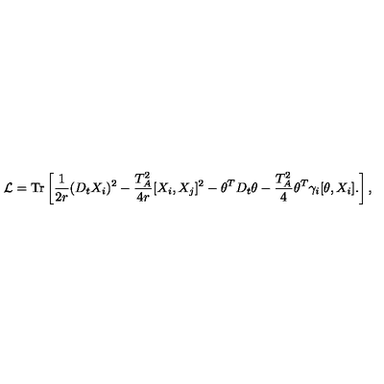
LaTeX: { \cal L } = \mathrm { T r } \left[ \frac { 1 } { 2 r } ( D _ { t } X _ { i } ) ^ { 2 } - \frac { T _ { A } ^ { 2 } } { 4 r } [ X _ { i } , X _ { j } ] ^ { 2 } - \theta ^ { T } D _ { t } \theta - \frac { T _ { A } ^ { 2 } } { 4 } \theta ^ { T } \gamma _ { i } [ \theta , X _ { i } ] . \right] ,